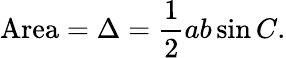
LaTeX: {\mathrm{Area}}=\Delta={\frac{1}{2}}ab\sin C.